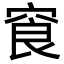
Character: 䆡